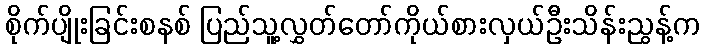
စိုက်ပျိုးခြင်းစနစ် ပြည်သူ့လွှတ်တော်ကိုယ်စားလှယ်ဦးသိန်းညွန့်က